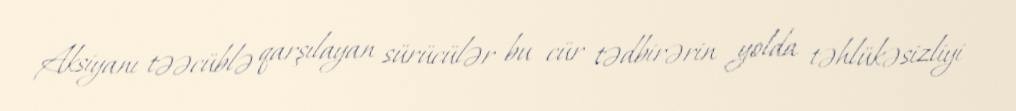
Aksiyanı təəcüblə qarşılayan sürücülər bu cür tədbirərin yolda təhlükəsizliyi